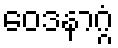
ဝေဒနာဂ္ဂံ